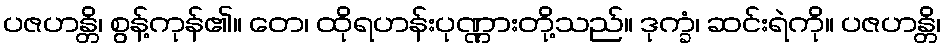
ပဇဟန္တိ၊ စွန့်ကုန်၏။ တေ၊ ထိုရဟန်းပုဏ္ဏားတို့သည်။ ဒုက္ခံ၊ ဆင်းရဲကို။ ပဇဟန္တိ၊